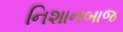
નિશાનબાજ